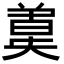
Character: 𣍄